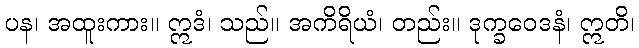
ပန၊ အထူးကား။ ဣဒံ၊ သည်။ အကိရိယံ၊ တည်း။ ဒုက္ခဝေဒနံ၊ ဣတိ၊